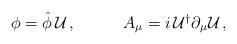
LaTeX: \begin{align*}\begin{array}{cc}\phi=\hat{\phi}\,{\cal U}\,,~~~&~~~A_{\mu}=i\,{\cal U}^{\dagger}\partial_{\mu}{\cal U}\,,\end{array}\end{align*}